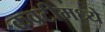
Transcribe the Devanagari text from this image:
कवटीमध्ये